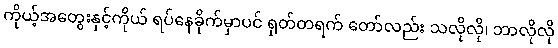
ကိုယ့်အတွေးနှင့်ကိုယ် ရပ်နေခိုက်မှာပင် ရုတ်တရက် တော်လည်း သလိုလို၊ ဘာလိုလို